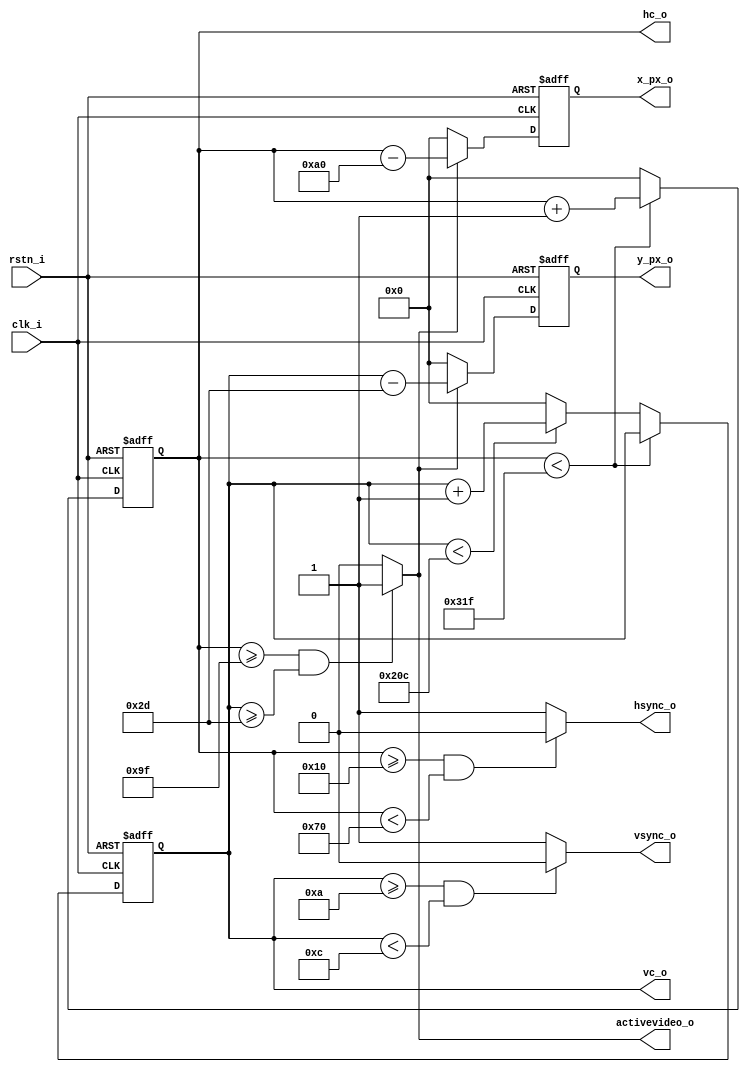
//////////////////////////////////////////////////////////////////////////////////
// Company: Ridotech
// 
// Module Name:    vga_controller
// Description:    Basic control for 640x480@72Hz VGA signal.
//
// Dependencies: 
//
// Revision: 
// Revision 0.01 - File Created for Roland Coeurjoly (RCoeurjoly) in 640x480@85Hz.
// Revision 0.02 - Change for 640x480@60Hz.
// Revision 0.03 - Solved some mistakes.
// Revision 0.04 - Change for 640x480@72Hz and output signals 'activevideo'
//                 and 'px_clk'.
//
// Additional Comments: 
//
//////////////////////////////////////////////////////////////////////////////////
/* -----------------------------------------------
 * Project Name   : DRAC
 * Organization   : Barcelona Supercomputing Center
 * Modified by    : Narcis Rodas
 * Email(s)       : narcis.rodaquiroga@bsc.es
 */

`default_nettype none

// Generation of the VGA sync signals, the position of the current pixel, the horizontal and vertical counters of the screen and the activevideo signal
module vga_syncGen (
            input wire       clk_i,           // Input clock: 25MHz
            input wire       rstn_i,          // Active low reset signal
            output wire      hsync_o,         // Horizontal sync out
            output wire      vsync_o,         // Vertical sync out
            output reg [9:0] x_px_o,          // X position for actual pixel
            output reg [9:0] y_px_o,          // Y position for actual pixel
            output reg [9:0] hc_o,            // horizontal counter
            output reg [9:0] vc_o,            // vertical counter
            output wire      activevideo_o    // 1 if we are in the display zone, 0 otherwise (sync and porches)
         );

    // Video structure constants for 640x480@60Hz
    parameter ACTIVE_H_VIDEO = 640;                // Width of visible pixels
    parameter ACTIVE_V_VIDEO =  480;               // Height of visible lines
    parameter HFP = 16;                            // Horizontal front porch length
    parameter H_PULSE = 96;                        // Hsync pulse length
    parameter HBP = 48;                            // Horizontal back porch length
    parameter VFP = 10;                            // Vertical front porch length
    parameter V_PULSE = 2;                         // Vsync pulse length
    parameter VBP = 33;                            // Vertical back porch length
    parameter BLACK_H = HFP + H_PULSE + HBP;       // Hide pixels in one line
    parameter BLACK_V = VFP + V_PULSE + VBP;       // Hide lines in one frame
    parameter H_PIXELS = BLACK_H + ACTIVE_H_VIDEO; // Total horizontal pixels
    parameter V_LINES = BLACK_V + ACTIVE_V_VIDEO;  // Total lines

    // Update counters
    always @(posedge clk_i, negedge rstn_i)
    begin
        if (~rstn_i) begin
            hc_o <= 0;
            vc_o <= 0;
        end
        else begin
            // Keep counting until the end of the line
            if (hc_o < H_PIXELS - 1)
                hc_o <= hc_o + 1;
            else
            // When we hit the end of the line, reset the horizontal
            // counter and increment the vertical counter.
            // If vertical counter is at the end of the frame, then
            // reset that one too.
            begin
                hc_o <= 0;
                if (vc_o < V_LINES - 1)
                vc_o <= vc_o + 1;
            else
               vc_o <= 0;
            end
        end
     end

    // Generate sync pulses (active low) and active video.
    assign hsync_o = (hc_o >= HFP && hc_o < HFP + H_PULSE) ? 0:1; // The sync pulses are active low and activate between their respective porches
    assign vsync_o = (vc_o >= VFP && vc_o < VFP + V_PULSE) ? 0:1;
    assign activevideo_o = (hc_o >= BLACK_H-1 && vc_o >= BLACK_V) ? 1:0; // we generate activevideo 1 pixel before horizontally due to register delay (see vga_top.v)

    // Track current pixel position
    always @(posedge clk_i, negedge rstn_i)
    begin
        if (~rstn_i) begin
            x_px_o <= 0;
            y_px_o <= 0;
        end
        else begin
            // First check if we are within vertical active video range.
            if (activevideo_o)
            begin
                x_px_o <= hc_o - BLACK_H;
                y_px_o <= vc_o - BLACK_V;
            end
            else
            // We are outside active video range so display black.
            begin
                x_px_o <= 0;
                y_px_o <= 0;
            end
        end
     end
endmodule

`default_nettype wire